Uue-Poltsamaa_vallakohus, lk 82
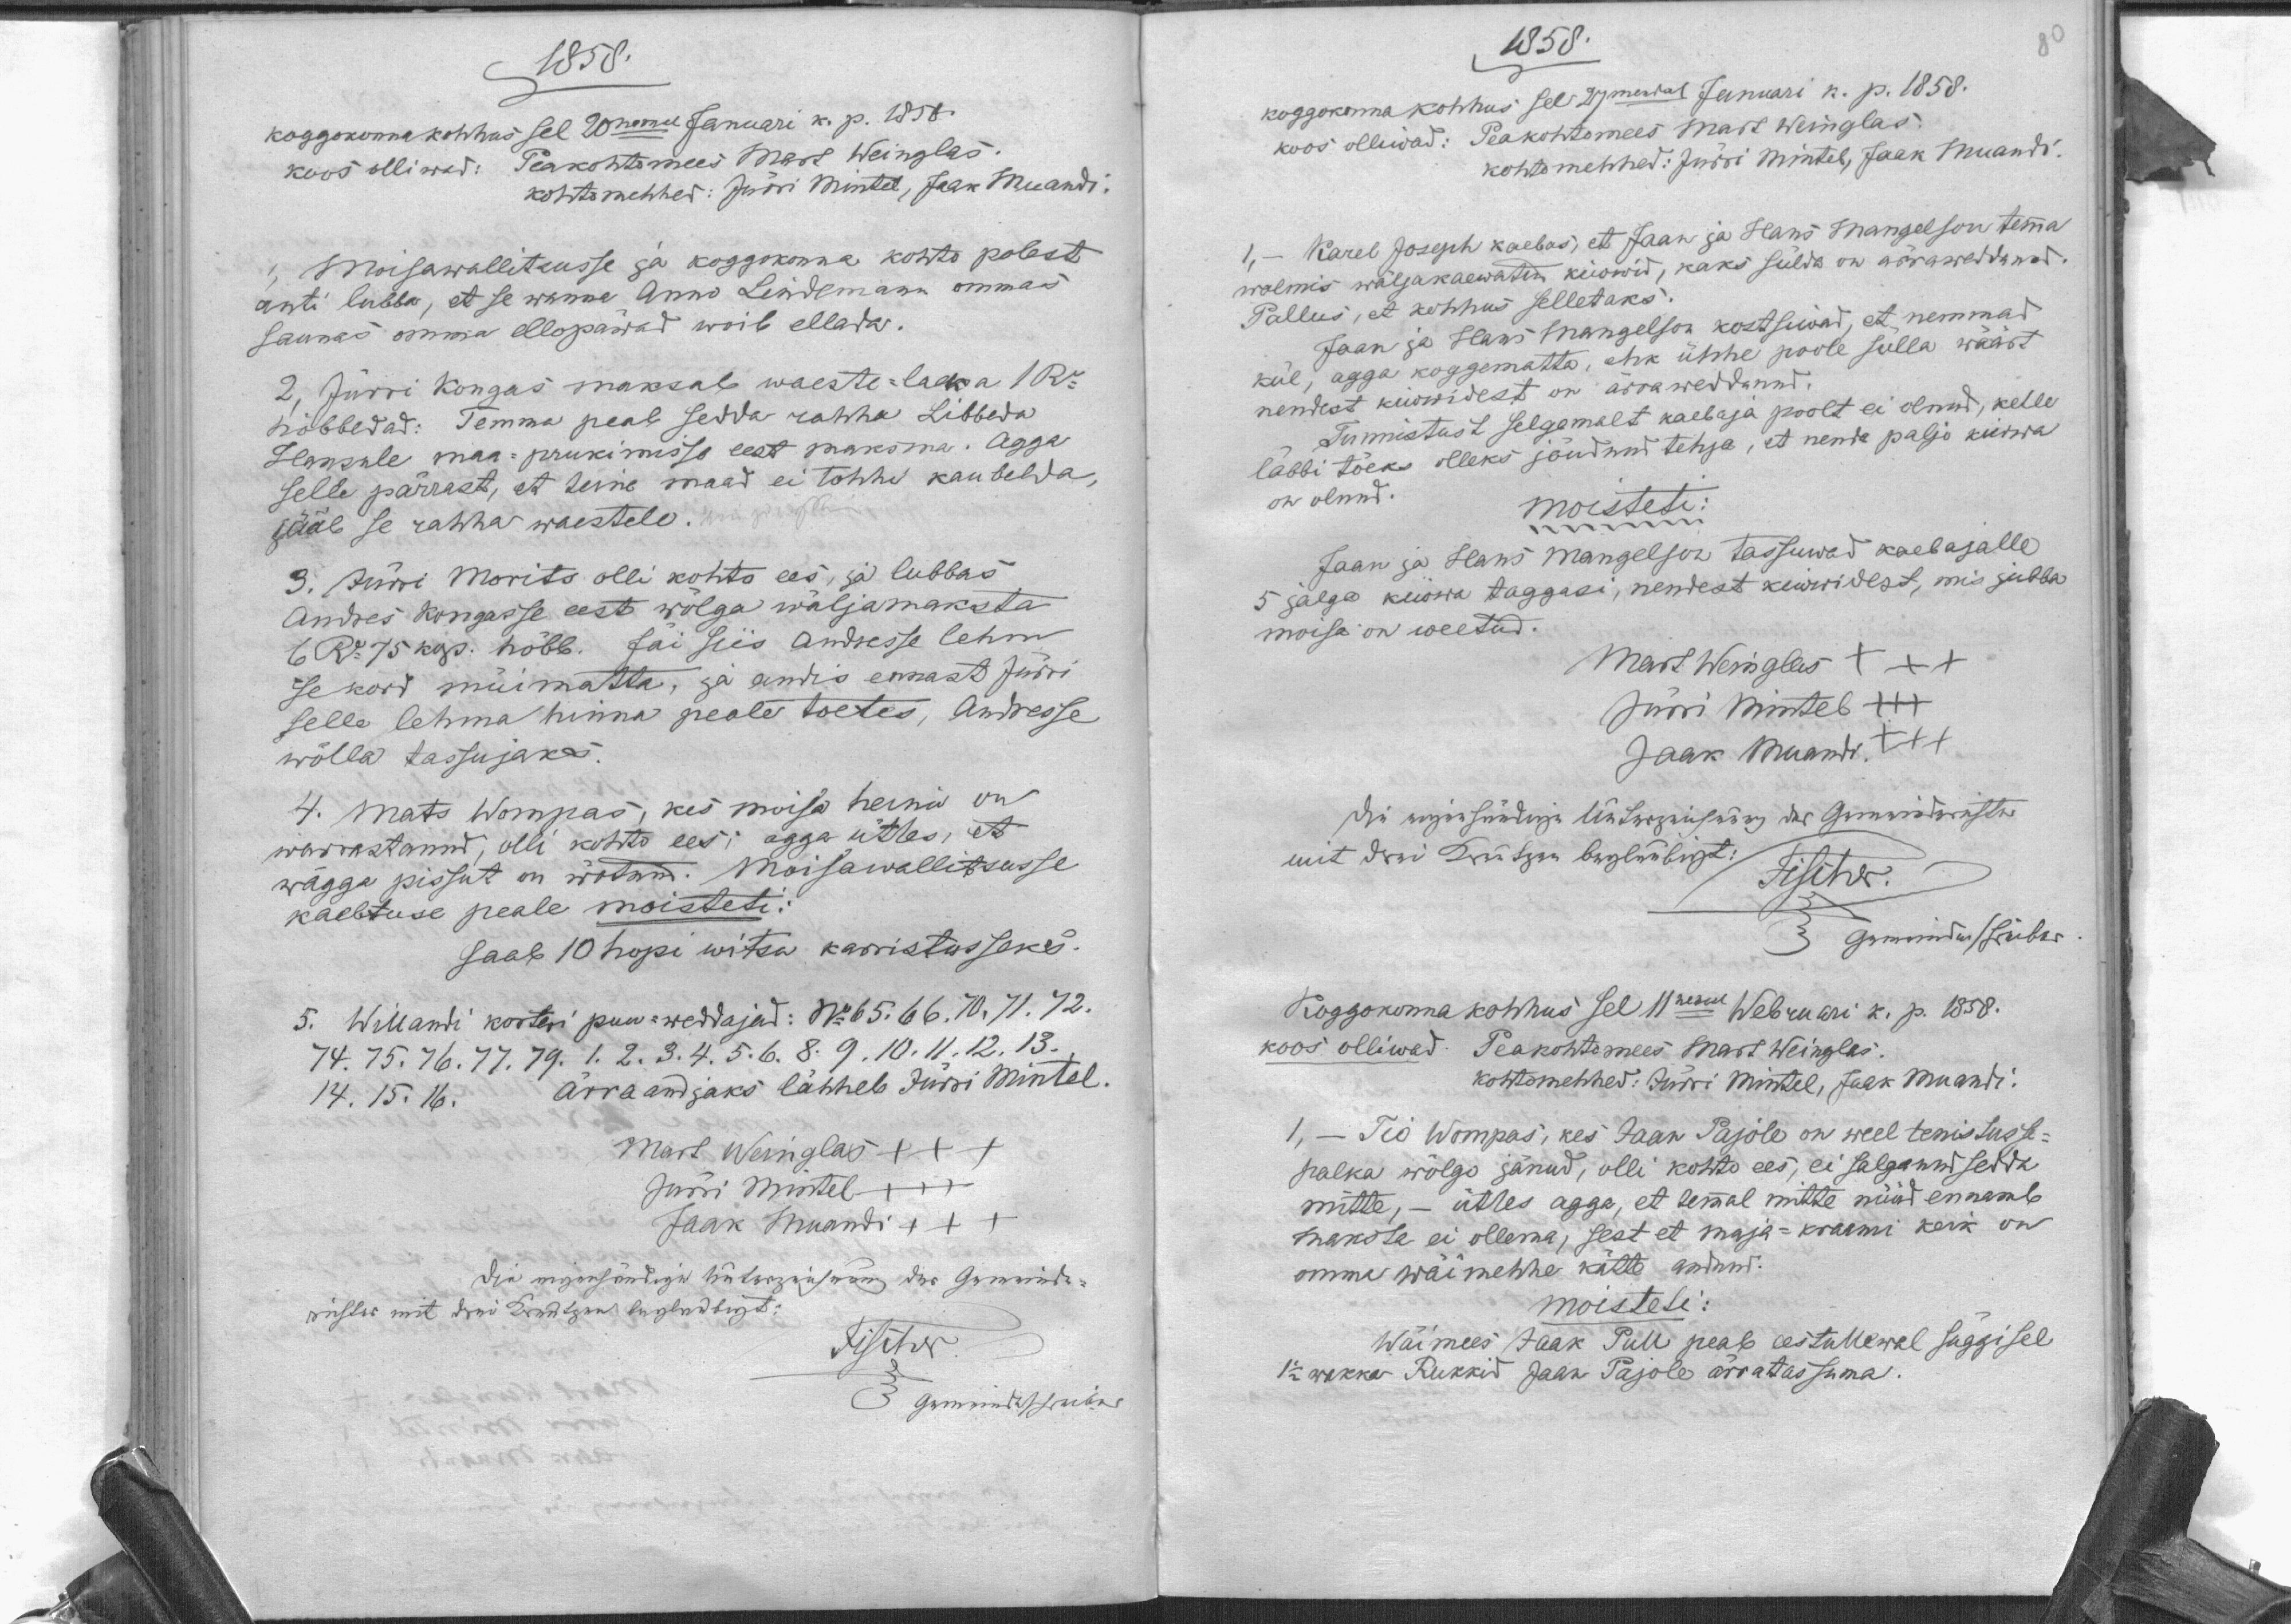
1858.
koggokonna kohhus sel 20nemal Januari k. p. 1858.
koos olliwad: Peakohtomees Mart Weinglas
kohtomehhed: Jürri Mintel, Jaak Muandi.
1, moisawallitsusse ja koggokonna kohto polest
anti lubba, et se wanna Anno Lindemann ommas
saunas omma ellopäwad woib ellata.
2, Jürri Kongas maksab waeste-laeka 1 Ru
hõbbedad: Temma peab sedda rahha Libbeda
Hansule maa-prukimisse eest maksma. Agga
selle pärrast, et teine maad ei tohhi kaubelda,
jääb se rahha waestele.
3. Jürri Morits olli kohto ees, ja lubbas
Andres Kongasse eest wõlga wäljamaksta
6 Ru 75 kop. hõbb. Jäi siis Andresse lehm
se kord müimatta, ja andis ennast Jürri
selle lehma hinna peale toetes, Andresse
wõlla tassujaks.
4. Mats Wompas, kes moisa heinu on
warrastanud olli kohto ees; agga ütles, et
wägga pissut on wõtnud. Moisawallitsusse
kaebtuse peale moisteti:
Saab 10 hopi witsa karristusseks.
5. Willandi korteri puu-weddajad: No 65. 66. 70. 71. 72.
74. 75. 76. 77. 79. 1. 2. 3. 4. 5. 6. 8. 9. 10. 11. 12. 13.
ärraandjaks lähheb Jürri Mintel.
14. 15. 16.
Mart Weinglas XXX
Jürri Mintel XXX
Jaak Muandi XXX

1858.
koggokonna kohhus sel 27mendal Januari k. p. 1858.
koos olliwad: Peakohtomees Mart Weinglas
Kohtomehhed: Jürri Mintel, Jaak Muandi.
Karel Joseph kaebas, et Jaan ja Hans Mangelson temma
1, -
wõamis wäljakaewatud kiwid, kaks sülda on ärraweddanud.
Pallus, et kohhus selletaks.
Jaan ja Hans Mangelson kostsiwad, et nemmad
kül, agga koggematta, ehk ühhe poole sulla wäärt
nendest kiwwidest on ärraweddanud.
Tunnistust selgemalt kaebaja poolt ei olnud, kelle
läbbi tõeks olleks jõudnud tehja, et nenda paljo kiwwa
on olnud.
moisteti:
Jaan ja Hans Mangelson tassuwad kaebajalle
5 jalga kiwwa taggasi, nendest kiwwidest, mis jubba
moisa on weetud.
Mart Weinglas XXX
Jürri Mintel XXX
Jaak Muandri XXX
Koggokonnakohhus sel 11nemal Webruari k. p. 1858.
koos olliwad: Peakohtomees Mart Weinglas.
kohtomehhed: Jürri Mintel, Jaak Muandi.
1, - Tio Wompas, kes Jaan Pajole on weel tenistusse-
palka wõlgo jänud, olli kohto ees, ei salganud sedda
mitte, - ütles agga, et temmal mitte nüüd ennemb
makste ei ollema, sest et maja-kraami keik on
omma wäimehhe kätte antnud.
moisteti:
Wäimees Jaak Pull peab eestullewal süggisel
1 1/2 wakka Rukkid Jaan Pajole ärratassuma.